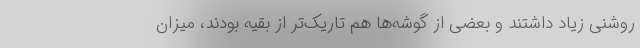
روشنی زیاد داشتند و بعضی از گوشه‌ها هم تاریک‌تر از بقیه بودند، میزان